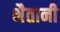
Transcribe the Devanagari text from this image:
भैतानी